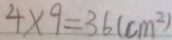
4 \times 9 = 3 6 ( c m ^ { 2 } )